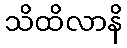
သိထိလာနိ